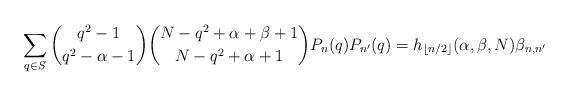
LaTeX: \begin{gather*}\sum_{q\in S} \binom{ q^2-1}{q^2-\alpha-1} \binom{ N - q^2+\alpha+\beta +1}{N - q^2+\alpha+1} P_n(q) P_{n'}(q) =h_{\lfloor n/2\rfloor}(\alpha,\beta,N) \beta_{n,n'}\end{gather*}